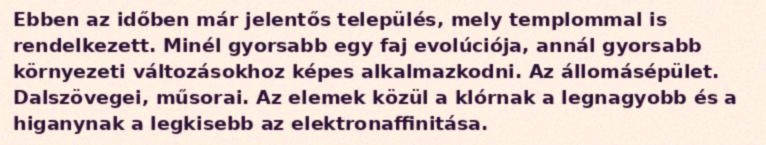
Ebben az időben már jelentős település, mely templommal is rendelkezett. Minél gyorsabb egy faj evolúciója, annál gyorsabb környezeti változásokhoz képes alkalmazkodni. Az állomásépület. Dalszövegei, műsorai. Az elemek közül a klórnak a legnagyobb és a higanynak a legkisebb az elektronaffinitása.